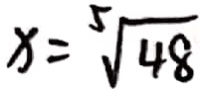
x = \sqrt [ 5 ] { 4 8 }